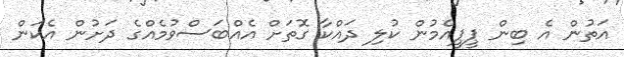
އަތުން އެ ބިން ޕީޕީއެމުން ކުލި ދައްކާ ގޮތަށް އެއްބަސްވުމެއްގެ ދަށުން އެކަން